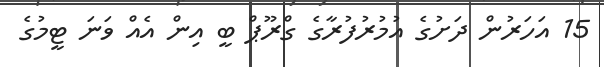
15 އަހަރުން ދަށުގެ އުމުރުފުރާގެ ގްރޫޕް ބީ އިން އެއް ވަނަ ޓީމުގެ